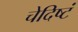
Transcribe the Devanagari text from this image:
चेदिष्टं